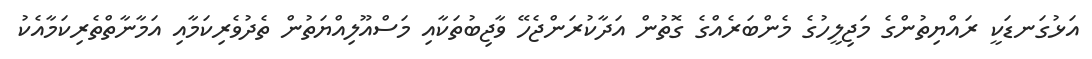
އަޅުގަނޑަކީ ރައްޔިތުންގެ މަޖިލީހުގެ މެންބަރެއްގެ ގޮތުން އަދާކުރަންޖެހޭ ވާޖިބުތަކާއި މަސްއޫލިއްޔަތުން ތެދުވެރިކަމާއި އަމާނާތްތެރިކަމާއެކު